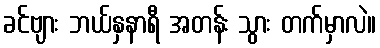
ခင်ဗျား ဘယ်နှနာရီ အတန်း သွား တက်မှာလဲ။